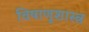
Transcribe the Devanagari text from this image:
विषाणूशास्त्र